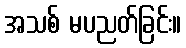
အသစ် မပညတ်ခြင်း။